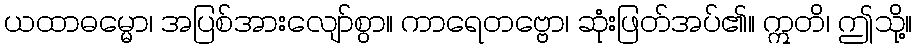
ယထာဓမ္မော၊ အပြစ်အားလျော်စွာ။ ကာရေတဗ္ဗော၊ ဆုံးဖြတ်အပ်၏။ ဣတိ၊ ဤသို့။